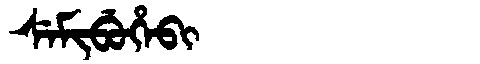
Manchu: ᠰᡝᠮᡳᠪᡠᡥᡝᠪᡳ
Romanization: SEMIBUHEBI